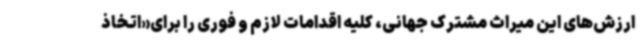
ارزش‌های این میراث مشترک جهانی، کلیه اقدامات لازم و فوری را برای«اتخاذ